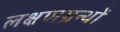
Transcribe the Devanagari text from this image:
लक्षणग्रन्थों